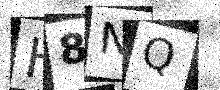
Text: H8NQ